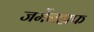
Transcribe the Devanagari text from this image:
जर्मेनहाफ